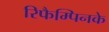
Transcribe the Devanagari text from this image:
रिफैम्पिनके